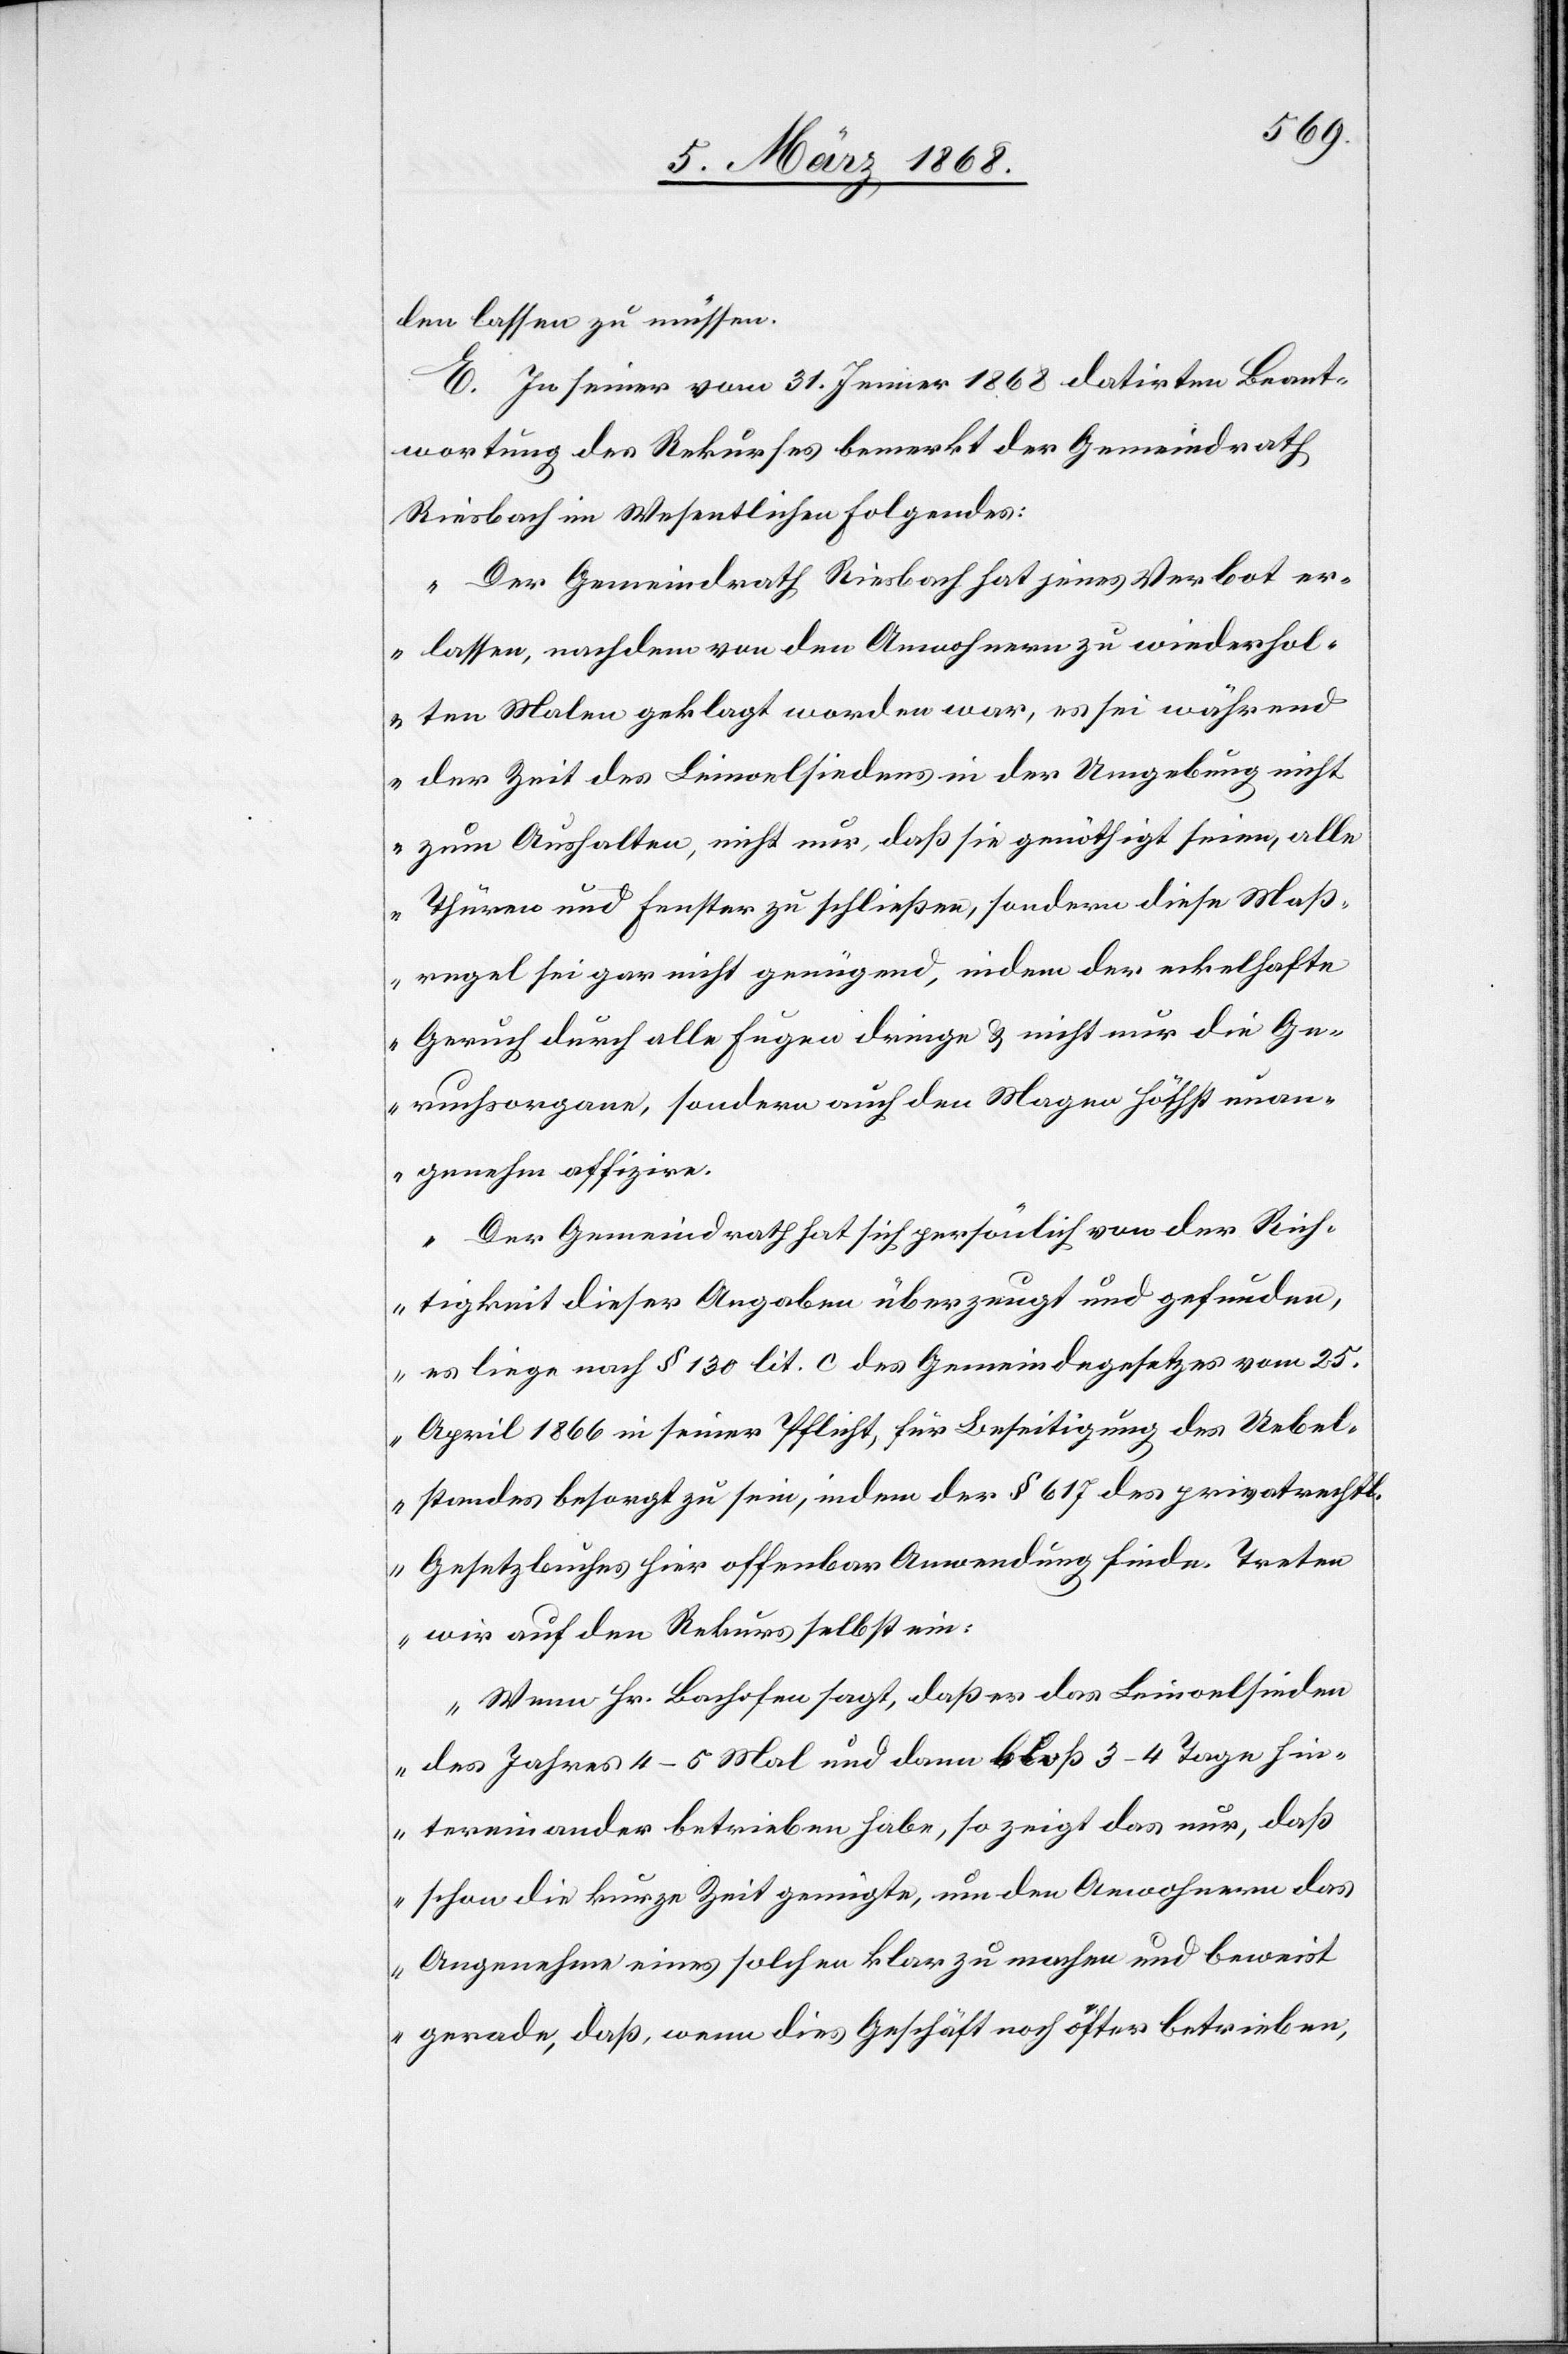
len lassen zu müssen.
E. In seiner vom 31. Jenner 1868 datirten Beant¬
wortung des Rekurses bemerkt der Gemeindrath
Riesbach im Wesentlichen Folgendes:
„Der Gemeindrath Riesbach hat jenes Verbot er¬
lassen, nachdem von den Anwohnern zu wiederhol¬
ten Malen geklagt worden war, es sei während
der Zeit des Leinoelsiedens in der Umgebung nicht
zum Aushalten, nicht nur, daß sie genöthigt seien, alle
Thüren und Fenster zu schließen, sondern diese Maß¬
regel sei gar nicht genügend, indem der eckelhafte
Geruch durch alle Fugen dringe & nicht nur die Ge¬
ruchsorgane, sondern auch den Magen höchst unan¬
genehm affizire.
Der Gemeindrath hat sich persönlich von der Rich¬
tigkeit dieser Angaben überzeugt und gefunden,
es liege nach § 130 lit. c des Gemeindegesetzes vom 25.
April 1866 in seiner Pflicht, für Beseitigung des Uebel¬
standes besorgt zu sein, indem der § 617 des privatrechtl.
Gesetzbuches hier offenbar Anwendung finde. Treten
wir auf den Rekurs selbst ein:
Wenn Hr. Bachofen sagt, daß er das Leinoelsieden
des Jahres 4–5 Mal und dann bloß 3–4 Tage hin¬
tereinander betrieben habe, so zeigt das nur, daß
schon die kurze Zeit genügte, um den Anwohnern das
Unangenehme] eines solchen klar zu machen und beweist
gerade, daß, wenn dies Geschäft noch öfter betrieben,